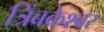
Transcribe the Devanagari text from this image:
त्रिंबकेश्वर